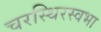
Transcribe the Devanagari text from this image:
चरस्थिरस्वभा